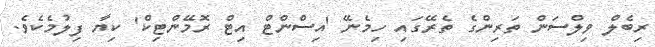
ރިބެލް ވިލްސަން ތަރިންގެ ތެރޭގައި ހިމެނޭ 'އިސްންޓް އިޓް ރޮމޭންޓިކް' ކިޔާ ފިލުމެކެވެ.